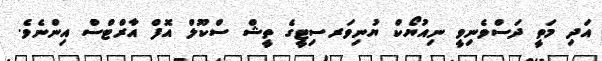
އަދި މަތީ ދަސްވެނިވީ ނިއުޔޯކް ޔުނިވަރސިޓީގެ ތީޝް ސްކޫލް އޮފް އާރްޓްސް އިންނެވެ.